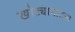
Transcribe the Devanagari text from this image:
खोट्यानाट्या